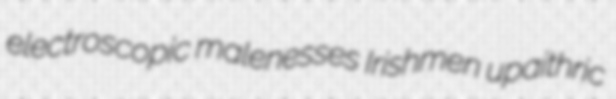
electroscopic malenesses Irishmen upaithric